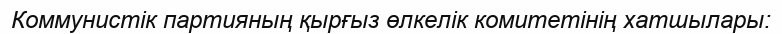
Коммунистік партияның қырғыз өлкелік комитетінің хатшылары: